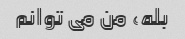
بله، من می توانم